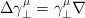
LaTeX: \begin{align*}\Delta \gamma^\mu_\perp = \gamma^\mu_\perp \nabla\end{align*}